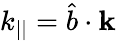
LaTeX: k_{||}=\hat{b}\cdot\textbf{k}